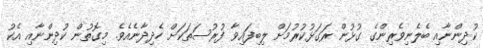
ކުދިންނާއި ބެލެނިވެރިންގެ ގުޅުން ރަގަޅުކުރުމަށް ލިބިފައިވާ ފުރުސަތަކަށް ހެދިދާނެއެވެ. މިގޮތުން ކުދިންނާއި އެކު